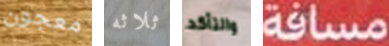
معجون ثلاثه والتأكد مسافة